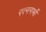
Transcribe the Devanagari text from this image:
रत्नगर्भो